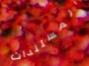
المستندات